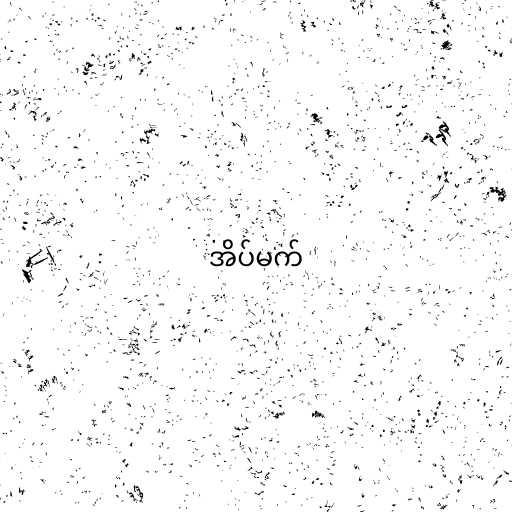
အိပ်မက်